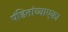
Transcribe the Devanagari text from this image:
पंडितांच्याएका